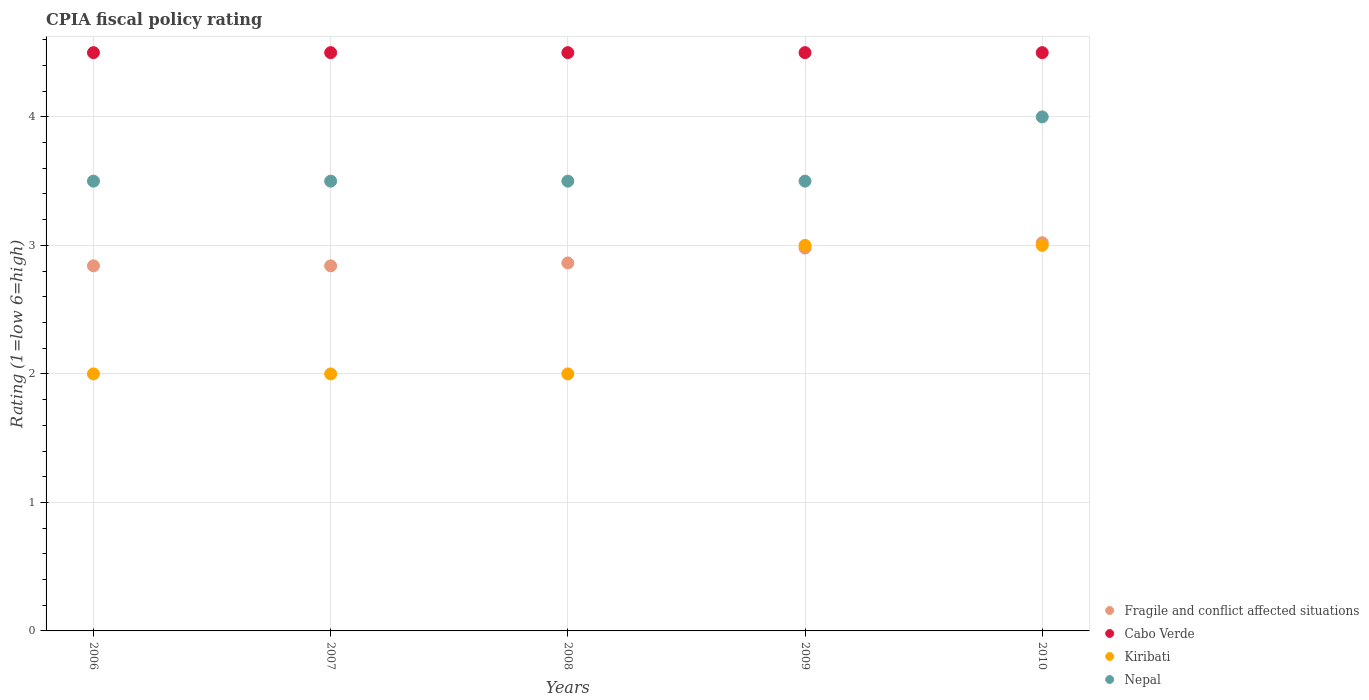
| Years | Fragile and conflict affected situations | Cabo Verde | Kiribati | Nepal |
 | --- | --- | --- | --- | --- |
 | 2006 | 2.84 | 4.5 | 2 | 3.5 |
 | 2007 | 2.84 | 4.5 | 2 | 3.5 |
 | 2008 | 2.86 | 4.5 | 2 | 3.5 |
 | 2009 | 2.98 | 4.5 | 3 | 3.5 |
 | 2010 | 3.02 | 4.5 | 3 | 4 |